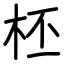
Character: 柸